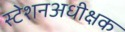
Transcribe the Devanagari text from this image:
स्टेशनअधीक्षक